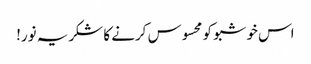
اس خوشبو کو محسوس کرنے کا شکریہ نور!